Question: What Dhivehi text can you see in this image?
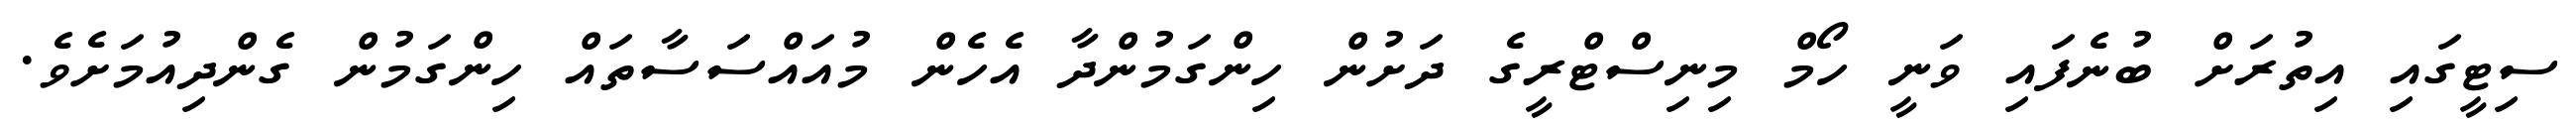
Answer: ސިޓީގައި އިތުރަށް ބުނެފައި ވަނީ ހޯމް މިނިސްޓްރީގެ ދަށުން ހިންގަމުންދާ އެހެން މުއައްސަސާތައް ހިންގަމުން ގެންދިއުމަށެވެ.